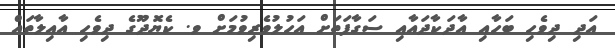
އަދި ދިވެހި ބަހާއި އާދަކާދައާއި ސަގާފަތަށް އަހުލުވެރިވުމަށް ވ. ކެޔޮދޫގެ ދިވެހި އާއިލާތައް